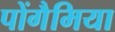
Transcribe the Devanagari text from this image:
पोंगैमिया